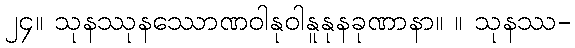
၂၄။ သုနဿုနဿောဏဝါနုဝါနူနုနခုဏာနာ။ ။ သုနဿ-